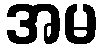
အမ